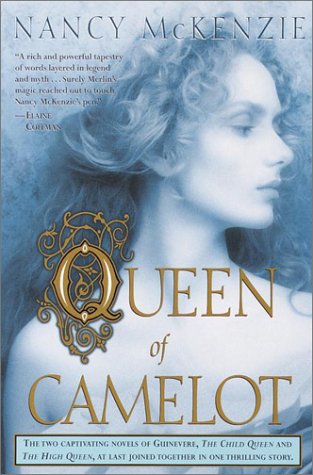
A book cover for Queen of Camelot; Nancy McKenzie; Science Fiction & Fantasy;